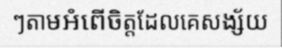
ៗតាមអំពើចិត្តដែលគេសង្ស័យ